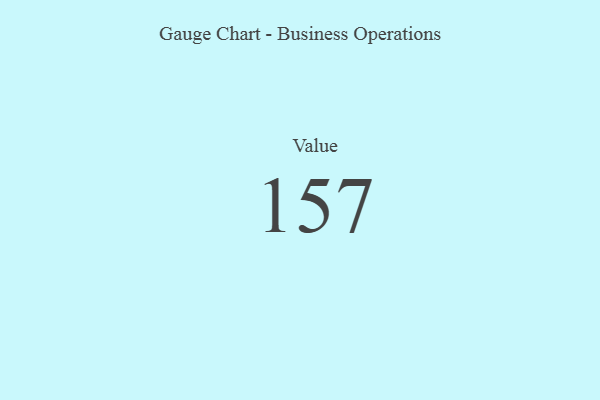
{"axis": {"x": "Metric", "y": "Value"}, "legend": [""], "data": [{"x": "Value", "y": 157, "type": ""}]}